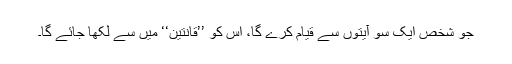
جو شخص ایک سو آیتوں سے قیام کرے گا، اس کو ’’قانتین‘‘ میں سے لکھا جائے گا۔